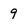
Character: 9